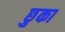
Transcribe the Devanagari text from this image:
छुका